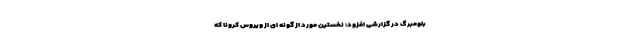
بلومبرگ در گزارشی افزود: نخستین مورد از گونه ای از ویروس کرونا که